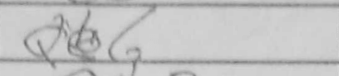
Transcription: Qb6